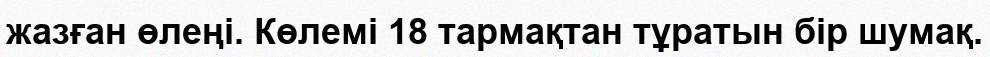
жазған өлеңі. Көлемі 18 тармақтан тұратын бір шумақ.